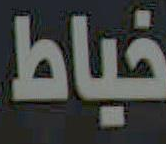
خياط